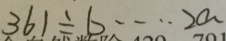
3 6 1 \div b \cdots 2 a